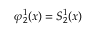
\varphi _ { 2 } ^ { 1 } ( x ) = S _ { 2 } ^ { 1 } ( x )